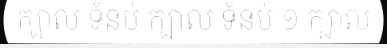
ក្បាល ទំនប់ ក្បាល ទំនប់ ១ ក្បាល